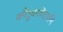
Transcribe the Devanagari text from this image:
कौतुकचिंतामणि